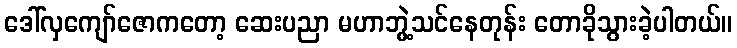
ဒေါ်လှကျော်ဇောကတော့ ဆေးပညာ မဟာဘွဲ့သင်နေတုန်း တောခိုသွားခဲ့ပါတယ်။